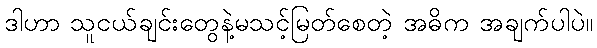
ဒါဟာ သူငယ်ချင်းတွေနဲ့မသင့်မြတ်စေတဲ့ အဓိက အချက်ပါပဲ။